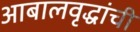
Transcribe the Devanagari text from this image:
आबालवृद्धांची